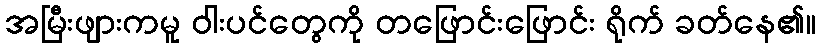
အမြီးဖျားကမူ ဝါးပင်တွေကို တဖြောင်းဖြောင်း ရိုက် ခတ်နေ၏။